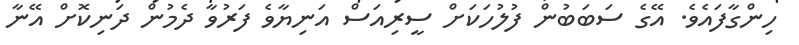
ހިންގާފައެވެ. އޭގެ ސަބަބުން ފުލުހަކަށް ސީރިއަސް އަނިޔާވެ ފަރުވާ ދެމުން ދަނިކޮށް އޭނާ